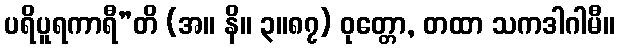
ပရိပူရကာရီ”တိ (အ။ နိ။ ၃။၈၇) ဝုတ္တော, တထာ သကဒါဂါမီ။